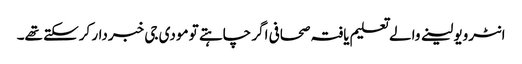
انٹرویو لینے والے تعلیم یافتہ صحافی اگر چاہتے تو مودی جی خبردار کرسکتے تھے۔